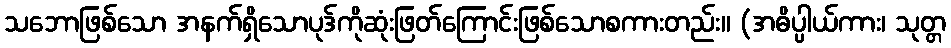
သဘောဖြစ်သော အနက်ရှိသောပုဒ်ကိုဆုံးဖြတ်ကြောင်းဖြစ်သောစကားတည်း။ (အဓိပ္ပါယ်ကား၊ သုတ္တ